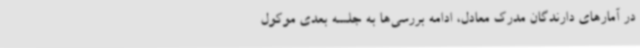
در آمارهای دارندگان مدرک معادل، ادامه بررسی‌ها به جلسه بعدی موکول